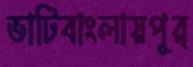
ভাটিবাংলায়পূর্